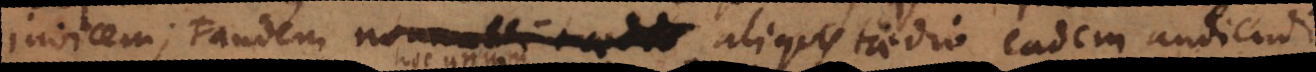
invicem; tandem nonnulli aliquis taedio eadem audiendi